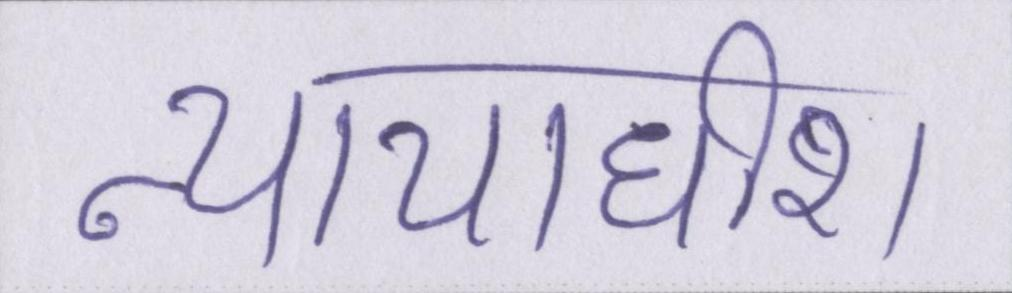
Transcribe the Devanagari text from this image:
न्यायाधीश